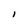
Character: I